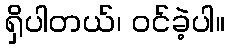
ရှိပါတယ်၊ ဝင်ခဲ့ပါ။